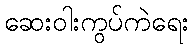
ဆေးဝါးကွပ်ကဲရေး